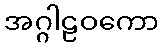
အဂ္ဂါဠဝကော